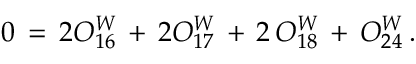
0 \, = \, 2 O _ { 1 6 } ^ { W } \, + \, 2 O _ { 1 7 } ^ { W } \, + \, 2 \, O _ { 1 8 } ^ { W } \, + \, O _ { 2 4 } ^ { W } \, .